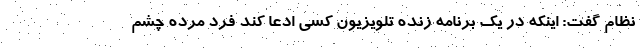
نظام گفت: اینکه در یک برنامه زنده تلویزیون کسی ادعا کند فرد مرده چشم